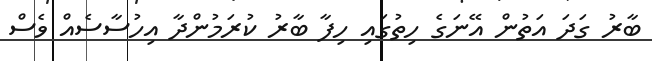
ބާރު ގަދަ އަތުން އޭނަގެ ހިތުގައި ހިފާ ބާރު ކުރަމުންދާ އިހުސާސެއް ވެސް